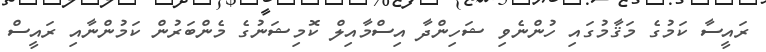
ރައީސާ ކަމުގެ މަޤާމުގައި ހުންނެވި ޝަހިންދާ އިސްމާއިލް ކޮމިޝަނުގެ މެންބަރުން ކަމުންނާއި ރައީސް